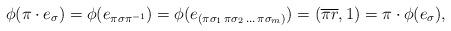
LaTeX: \begin{align*} \phi(\pi\cdot e_{\sigma}) = \phi (e_{\pi \sigma \pi^{-1}}) = \phi (e_{(\pi \sigma_1 \,\pi \sigma_2 \,\ldots \,\pi \sigma_m)}) = (\overline{\pi r},1) = \pi \cdot \phi(e_{\sigma}), \end{align*}